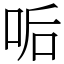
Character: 㖃